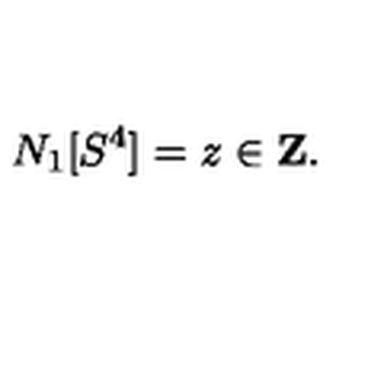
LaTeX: N _ { 1 } [ S ^ { 4 } ] = z \in \mathrm { \bf Z } .